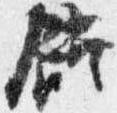
饌